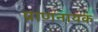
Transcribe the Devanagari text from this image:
प्राणनायक